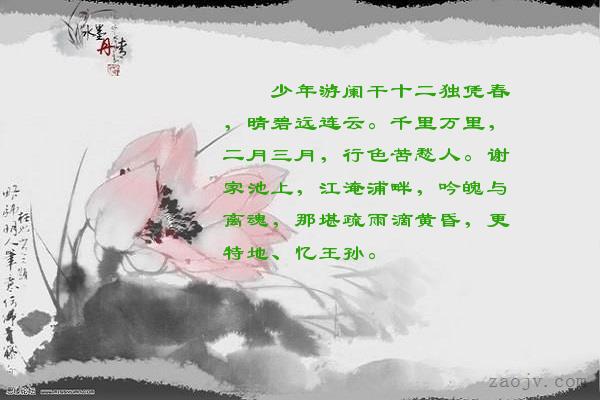
千里万里，二月三月，行色苦愁人。